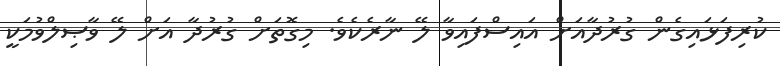
ކުރިފަޅައިގެން ގުރުދާއަށް އައިސްފައިވާ ލޭ ނާރެކެވެ. މިގޮތަށް ގުރުދާ އަށް ލޭ ވާޞިލްވުމަކީ